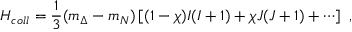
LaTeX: H _ { c o l l } = \frac { 1 } { 3 } ( m _ { \Delta } - m _ { N } ) \left[ ( 1 - \chi ) I ( I + 1 ) + \chi J ( J + 1 ) + \cdots \right] \ ,